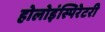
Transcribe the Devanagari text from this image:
होलोइंस्पिरेटरी